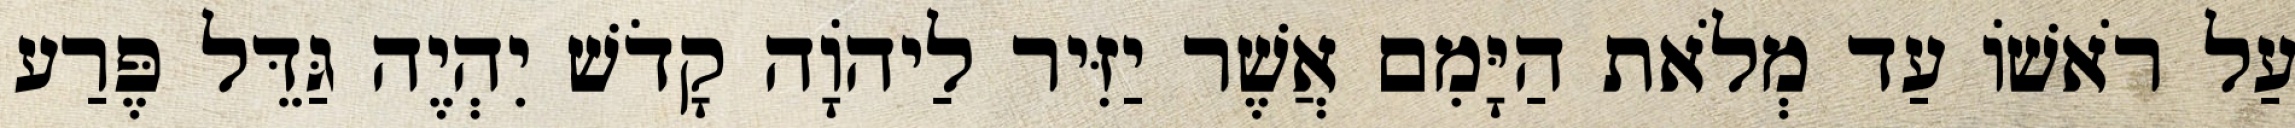
עַל רֹאשׁוֹ עַד מְלֹאת הַיָּמִם אֲשֶׁר יַזִּיר לַיהוָֹה קָדֹשׁ יִהְיֶה גַּדֵּל פֶּרַע